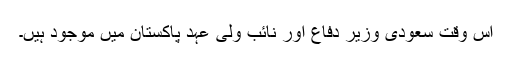
اس وقت سعودی وزیر دفاع اور نائب ولی عہد پاکستان میں موجود ہیں۔